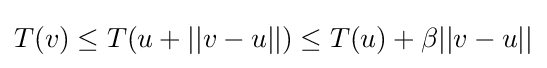
T(v)\leq T(u+||v-u||)\leq T(u)+\beta ||v-u||